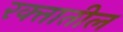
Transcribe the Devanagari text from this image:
रक्‍तातील